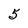
Character: 5